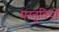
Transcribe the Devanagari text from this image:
प्रस्‍तुतियों